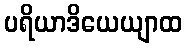
ပရိယာဒိယေယျာထ